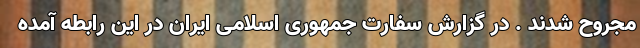
مجروح شدند . در گزارش سفارت جمهوری اسلامی ایران در این رابطه آمده